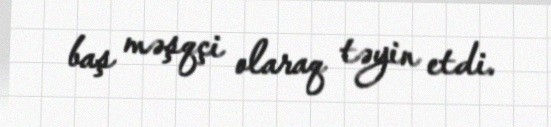
baş məşqçi olaraq təyin etdi.